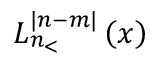
L _ { n _ { < } } ^ { | n - m | } \left( x \right)